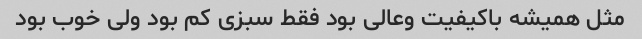
مثل همیشه باکیفیت وعالی بود فقط سبزی کم بود ولی خوب بود